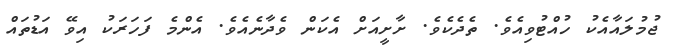
ޖުމުލައާއެކު ހުއްޓުވިއެވެ. ތެދެކެވެ. ށާށީއަށް އެކަން ވެދާނެއެވެ. އެންމެ ފަހަރަކު އިވޭ އަޑުތައް